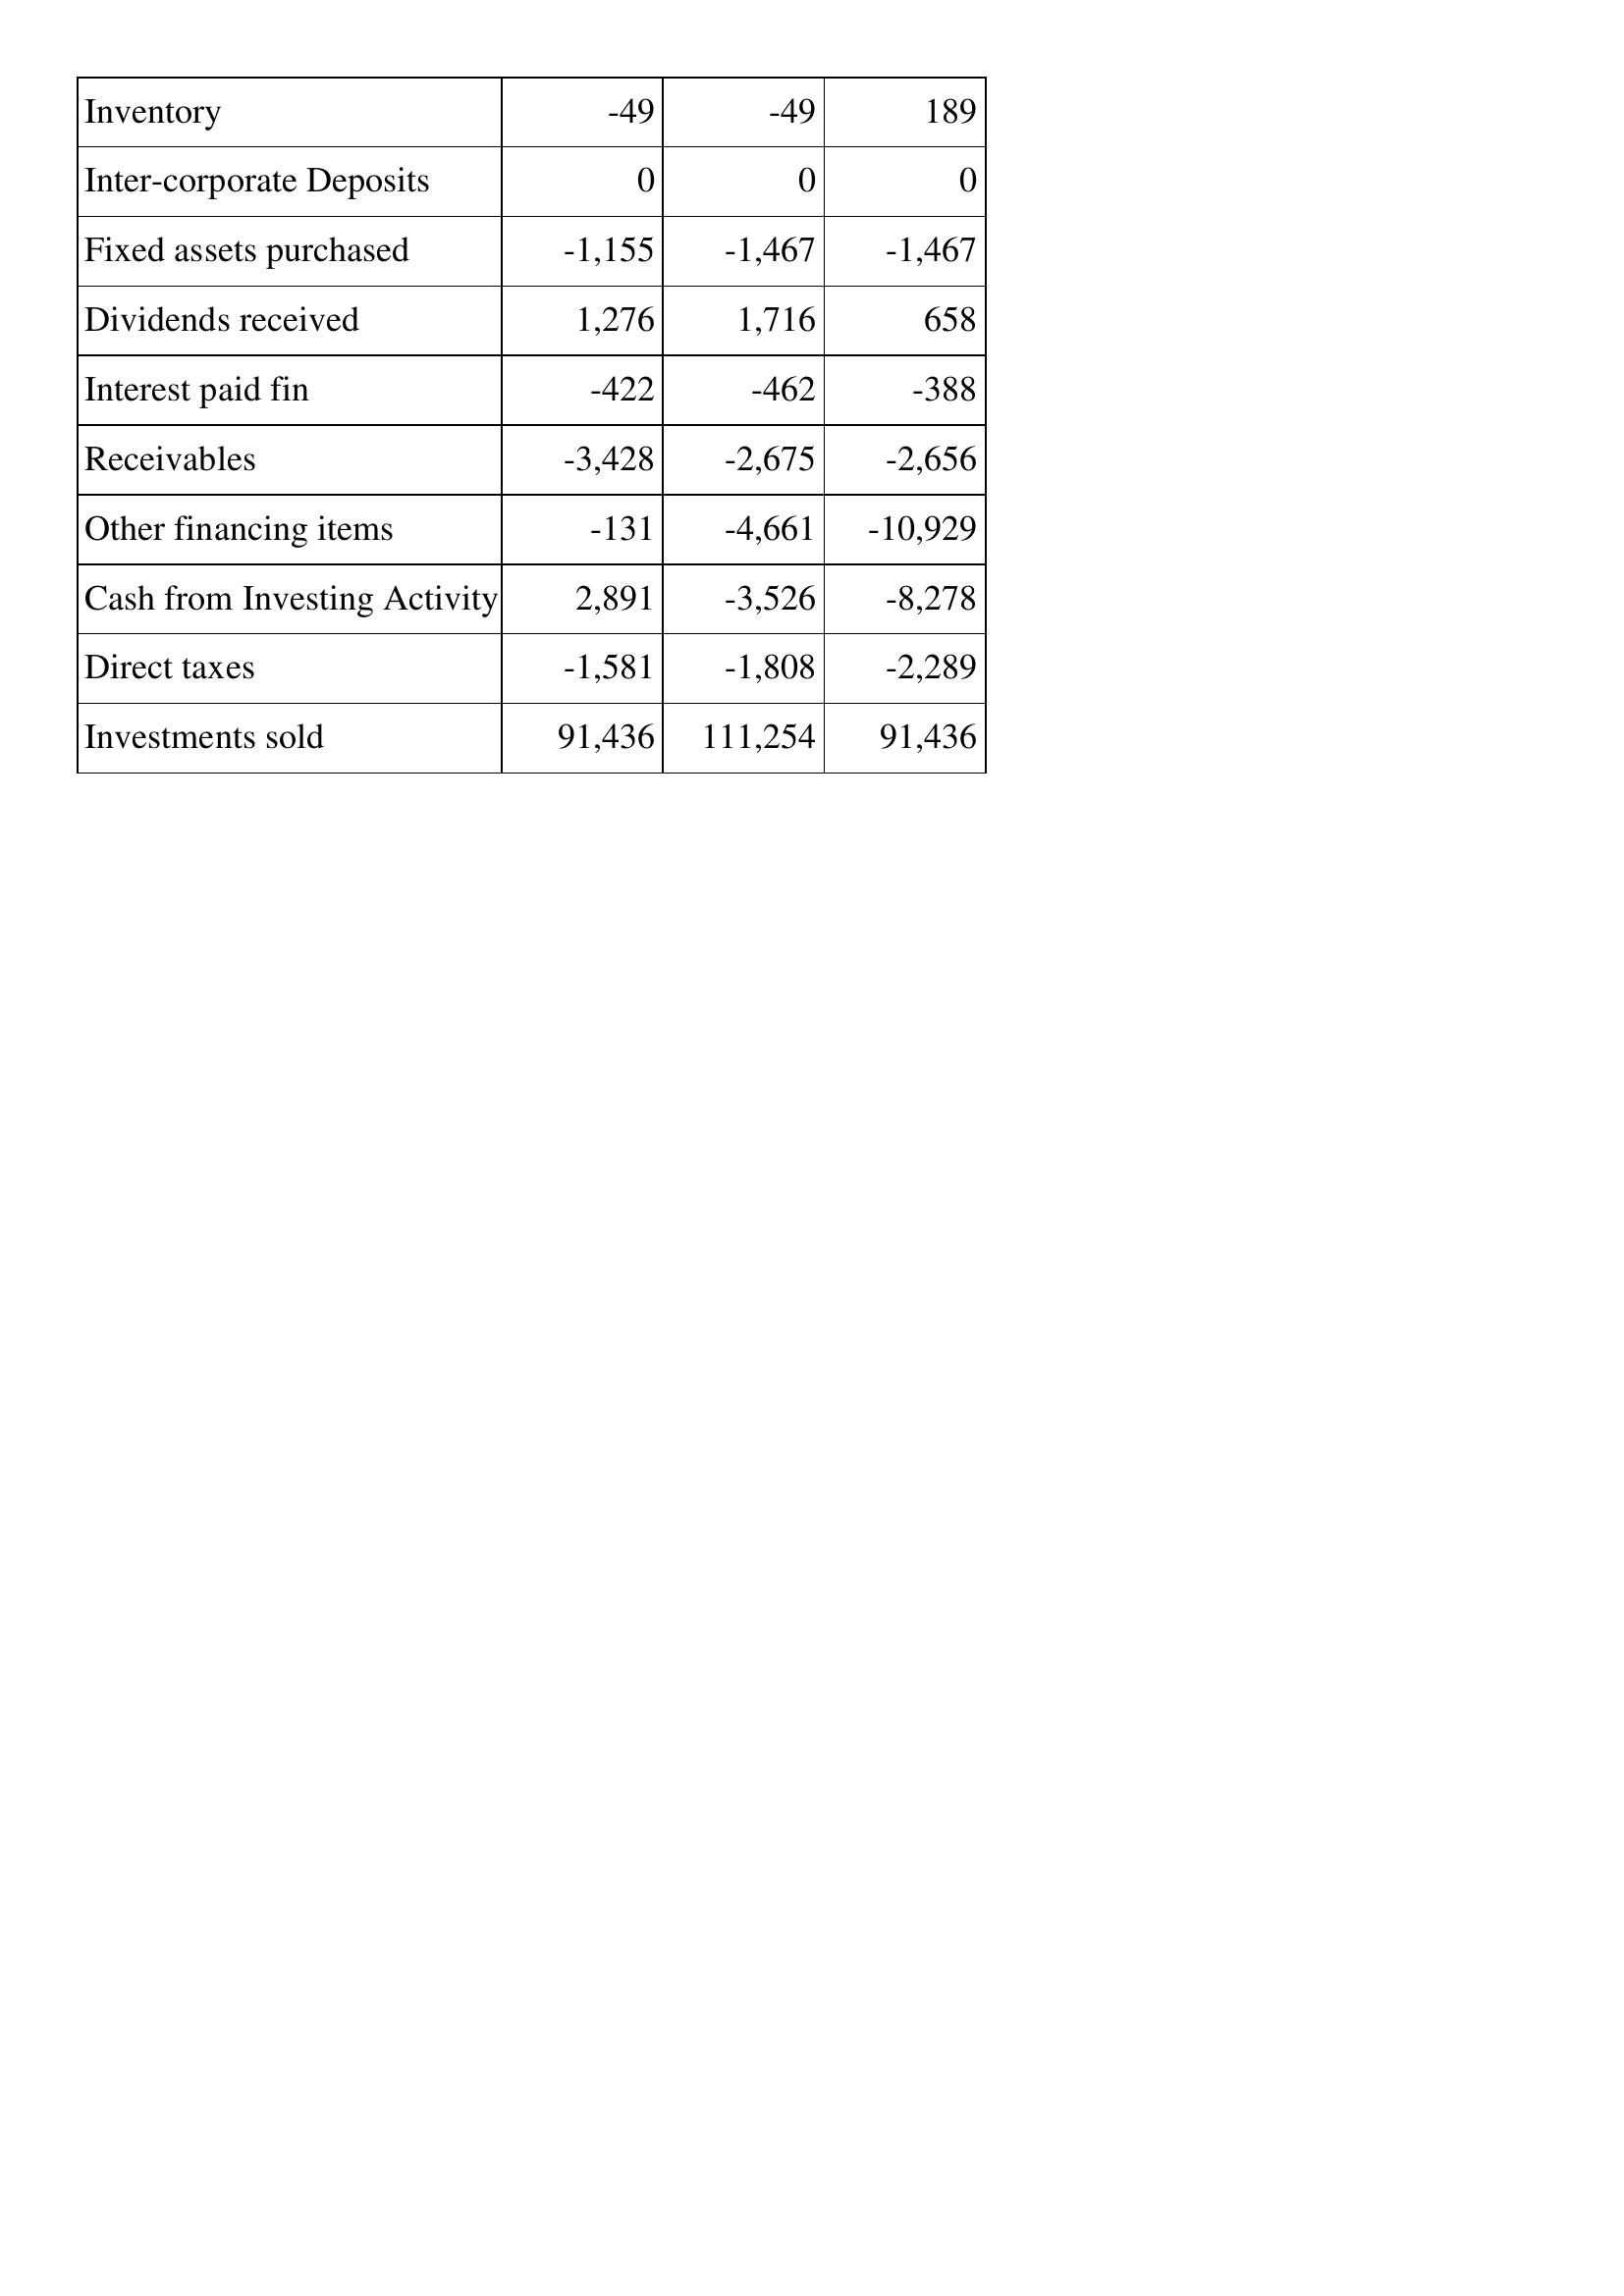
Apr-14: Cash Flows: Inventory: -49
Inter-corporate Deposits: 0
Fixed assets purchased: -1,155
Dividends received: 1,276
Interest paid fin: -422
Receivables: -3,428
Other financing items: -131
Cash from Investing Activity: 2,891
Direct taxes: -1,581
Investments sold: 91,436
Apr-13: Cash Flows: Inventory: -49
Inter-corporate Deposits: 0
Fixed assets purchased: -1,467
Dividends received: 1,716
Interest paid fin: -462
Receivables: -2,675
Other financing items: -4,661
Cash from Investing Activity: -3,526
Direct taxes: -1,808
Investments sold: 111,254
Apr-12: Cash Flows: Inventory: 189
Inter-corporate Deposits: 0
Fixed assets purchased: -1,467
Dividends received: 658
Interest paid fin: -388
Receivables: -2,656
Other financing items: -10,929
Cash from Investing Activity: -8,278
Direct taxes: -2,289
Investments sold: 91,436